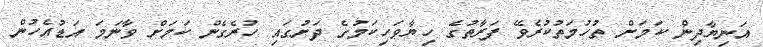
އަނިޔާދިން ކަމަށް ތުހުމަތުކުރެވޭ ފަރާތުގެ ހިޔާވަހިކަމުގެ ދަށުގައި ހުރެގެން ކަމަށް ވާނަމަ އަޑުއެހުން